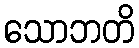
သောဘတိ